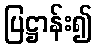
ပြဋ္ဌာန်း၍